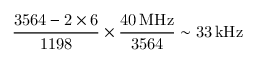
\mathrm { \frac { 3 5 6 4 - 2 \times 6 } { 1 1 9 8 } \times \frac { 4 0 \, M H z } { 3 5 6 4 } \sim 3 3 \, k H z }